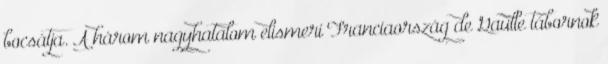
bocsátja. A három nagyhatalom elismeri Franciaország de Gaulle tábornok